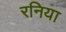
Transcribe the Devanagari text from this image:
रनिया